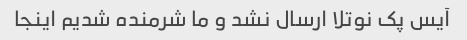
آیس پک نوتلا ارسال نشد و ما شرمنده شدیم اینجا